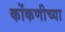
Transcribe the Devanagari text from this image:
कोंकणीच्या